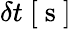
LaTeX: \delta t\mathrm{~[~s~]~}